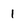
Character: 1